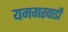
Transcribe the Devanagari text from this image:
यमगरवाडी